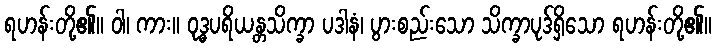
ရဟန်းတို့၏။ ဝါ၊ ကား။ ဝုဒ္ဓပရိယန္တသိက္ခာ ပဒါနံ၊ ပွားစည်းသော သိက္ခာပုဒ်ရှိသော ရဟန်းတို့၏။